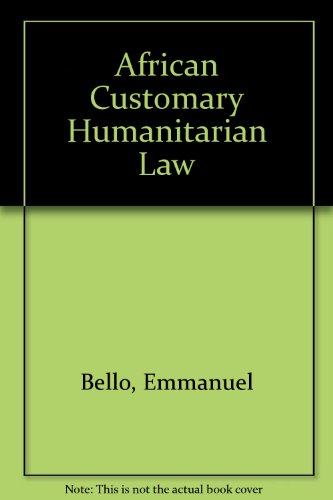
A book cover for African Customary Humanitarian Law; Emmanuel Bello; Law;